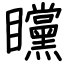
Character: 矘